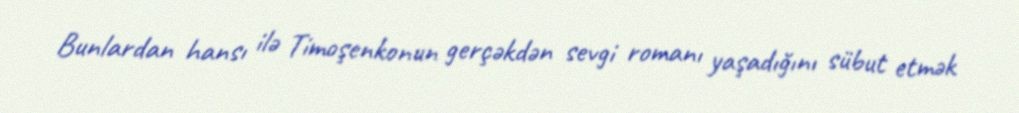
Bunlardan hansı ilə Timoşenkonun gerçəkdən sevgi romanı yaşadığını sübut etmək